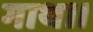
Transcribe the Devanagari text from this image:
गाथ।।